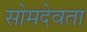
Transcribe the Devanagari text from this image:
सोमदेवता